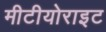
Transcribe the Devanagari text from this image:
मीटीयोराइट